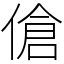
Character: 傖